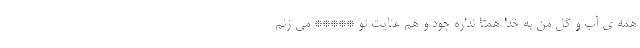
همه ی آب و گِلِ من به خدا همتا نداره جود و هم عنایت تو ***** می زنم